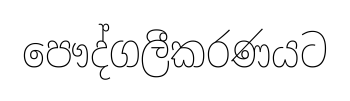
පෞද්ගලීකරණයට